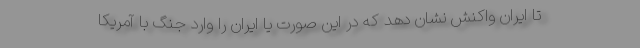
تا ایران واکنش نشان دهد که در این صورت یا ایران را وارد جنگ با آمریکا